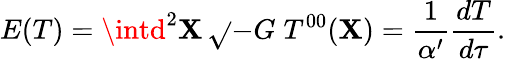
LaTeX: E(T)=\intd^{2}\mathbf{X}\, \sqrt{}{{-G}}\; T^{00}(\mathbf{X})=\frac{{1}}{{\alpha^{\prime}}}\frac{{dT}}{{d\tau}}.